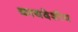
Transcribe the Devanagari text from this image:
कायदेशीय